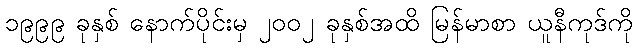
၁၉၉၉ ခုနှစ် နောက်ပိုင်းမှ ၂၀၀၂ ခုနှစ်အထိ မြန်မာစာ ယူနီကုဒ်ကို